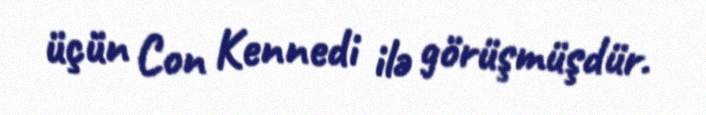
üçün Con Kennedi ilə görüşmüşdür.